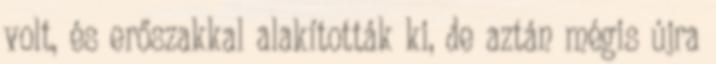
volt, és erőszakkal alakították ki, de aztán mégis újra